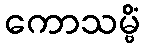
ကောသမ္ဗိံ